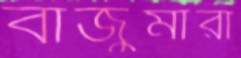
বাজুমারা